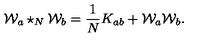
{ \cal W } _ { a } \star _ { N } { \cal W } _ { b } = \frac { 1 } { N } K _ { a b } + { \cal W } _ { a } { \cal W } _ { b } .